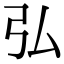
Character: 弘